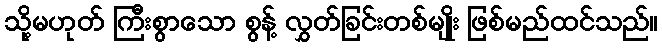
သို့မဟုတ် ကြီးစွာသော စွန့် လွှတ်ခြင်းတစ်မျိုး ဖြစ်မည်ထင်သည်။